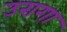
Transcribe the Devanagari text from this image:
उरागा